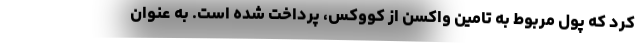
کرد که پول مربوط به تامین واکسن از کووکس، پرداخت شده است. به عنوان